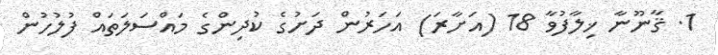
1. ޤާނޫނާ ޚިލާފުވާ 18 (އަށާރަ) އަހަރުން ދަށުގެ ކުދިންގެ މައްސަލަތައް ފުލުހުން